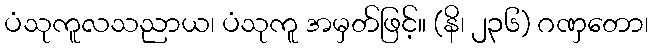
ပံသုကူလသညာယ၊ ပံသုကူ အမှတ်ဖြင့်။ (နိ၊ ၂၃၆) ဂဏှတော၊